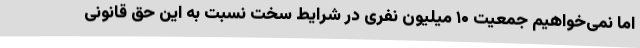
اما نمی‌خواهیم جمعیت ۱۰ میلیون نفری در شرایط سخت نسبت به این حق قانونی